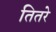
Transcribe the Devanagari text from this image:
तितरे